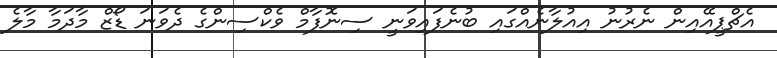
އެޗްޕީއޭއިން ނެރުނު އިއުލާނެއްގައި ބުނެފައިވަނީ ސިނޮފާމް ވެކްސިންގެ ދެވަނަ ޑޯޒް މާދަމާ މާލެ